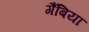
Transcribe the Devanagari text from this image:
गैंबिया